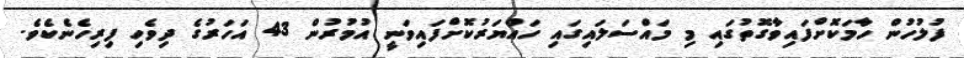
ފުލުހުން ހާމަކޮށްފައިވާގޮތުގައި މި މައްސަލައިގައި ހައްޔަރުކޮށްފައިވަނީ އުމުރުން 43 އަހަރުގެ ދިވެހި ފިރިހެނެކެވެ.